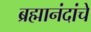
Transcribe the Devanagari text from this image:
ब्रह्मानंदांचे